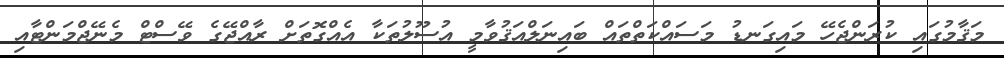
މަޤާމުގައި ކުރަންޖެހޭ މައިގަނޑު މަސައްކަތްތައް ބައިނަލްއަޤުވާމީ އުސޫލުތަކާ އެއްގޮތަށް ރާއްޖޭގެ ވޭސްޓް މެނޭޖްމަންޓާއި